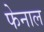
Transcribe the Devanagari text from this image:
फेनाल